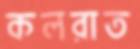
কলরাত